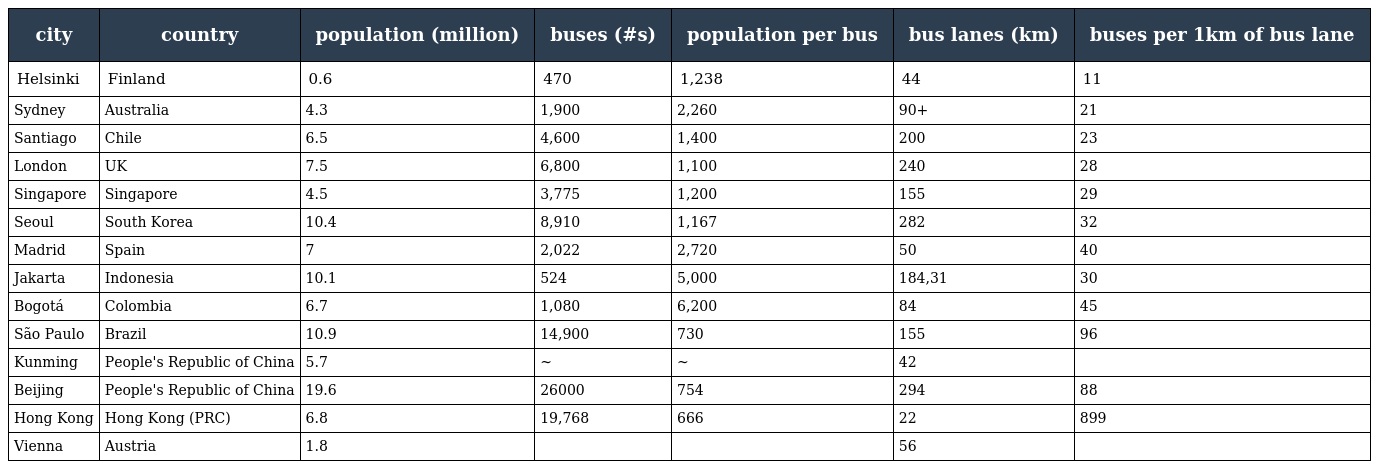
| city | country | population (million) | buses (#s) | population per bus | bus lanes (km) | buses per 1km of bus lane |
 | --- | --- | --- | --- | --- | --- | --- |
 | Helsinki | Finland | 0.6 | 470 | 1,238 | 44 | 11 |
 | Sydney | Australia | 4.3 | 1,900 | 2,260 | 90+ | 21 |
 | Santiago | Chile | 6.5 | 4,600 | 1,400 | 200 | 23 |
 | London | UK | 7.5 | 6,800 | 1,100 | 240 | 28 |
 | Singapore | Singapore | 4.5 | 3,775 | 1,200 | 155 | 29 |
 | Seoul | South Korea | 10.4 | 8,910 | 1,167 | 282 | 32 |
 | Madrid | Spain | 7 | 2,022 | 2,720 | 50 | 40 |
 | Jakarta | Indonesia | 10.1 | 524 | 5,000 | 184,31 | 30 |
 | Bogotá | Colombia | 6.7 | 1,080 | 6,200 | 84 | 45 |
 | São Paulo | Brazil | 10.9 | 14,900 | 730 | 155 | 96 |
 | Kunming | People's Republic of China | 5.7 | ~ | ~ | 42 |  |
 | Beijing | People's Republic of China | 19.6 | 26000 | 754 | 294 | 88 |
 | Hong Kong | Hong Kong (PRC) | 6.8 | 19,768 | 666 | 22 | 899 |
 | Vienna | Austria | 1.8 |  |  | 56 |  |